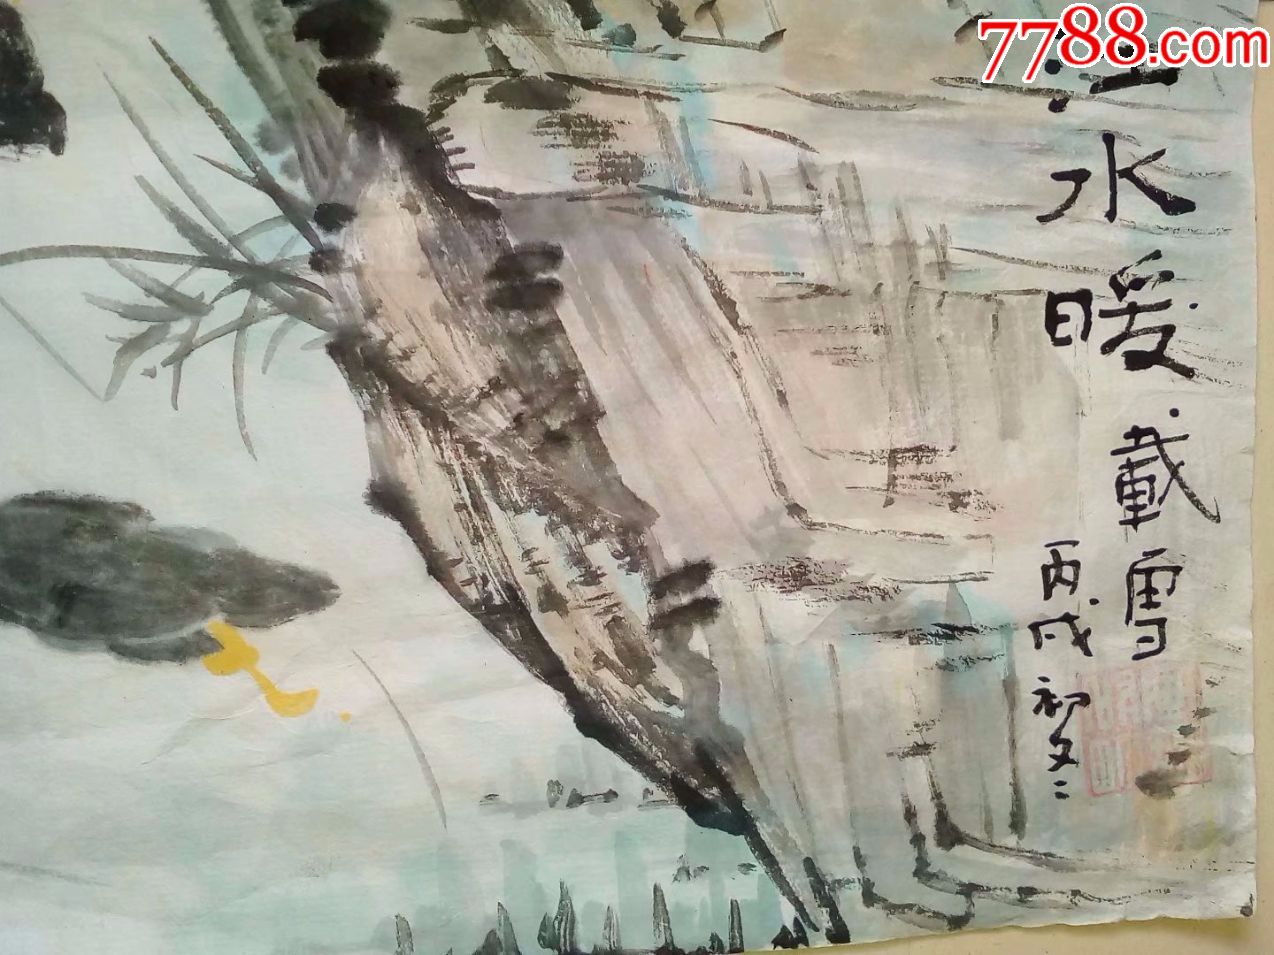
唯仁者能好人，能恶人。